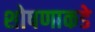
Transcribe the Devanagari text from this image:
शोषणाकडे